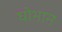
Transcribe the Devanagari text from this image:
घोभान